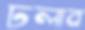
ঢলাব